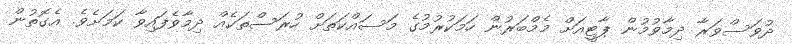
ދުވަސްވަރާ ދިމާވުމުން ޕާޓީއަށް މެމްބަރުން ހަމަކުރުމުގެ މަސައްކަތަށް ހުރަސްތަކެއް ދިމާވެފައިވާ ކަމަށެވެ. އެގޮތުން